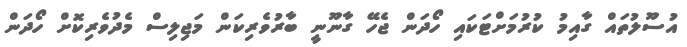
އުސޫލުތައް ގާއިމު ކުރުމަށްޓަކައި ހޯދަން ޖެހޭ ގާނޫނީ ބާރުވެރިކަން މަޖިލިސް މެދުވެރިކޮށް ހޯދަން